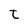
Character: t